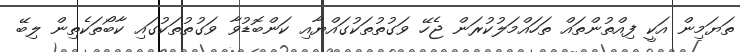
ތަޔަމިން އަކީ ފިއްތުންތައް ތަހައްމަލުކުރަން ޖެހޭ ވަގުތުތަކުގައްޔާއި ކަންބޮޑުވާ ވަގުތުތަކުގައި ކާބޯތަކެތިން ލިބޭ